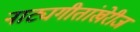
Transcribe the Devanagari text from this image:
नाट्यगीतांखेरीज